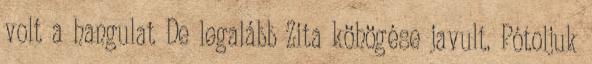
volt a hangulat De legalább Zita köhögése javult. Pótoljuk